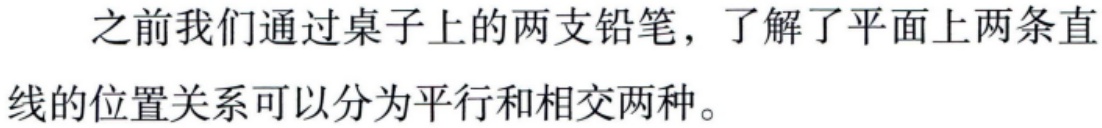
之前我们通过桌子上的两支铅笔，了解了平面上两条直线的位置关系可以分为平行和相交两种。